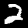
Digit: 2